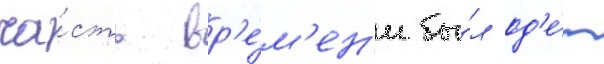
ча́сть вр'е́м'ен'и бы́л од'е́т